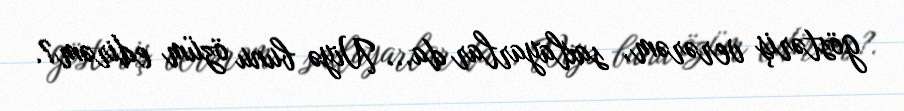
göstəriş verərəm, saxlayarlar da... Niyə bunu özüm edirəm?.